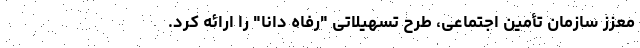
معزز سازمان تأمین اجتماعی، طرح تسهیلاتی "رفاه دانا" را ارائه کرد.